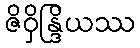
ဇိဝှိန္ဒြိယဿ